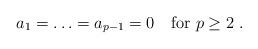
LaTeX: \begin{align*} a_1=\ldots=a_{p-1}=0 \quad \mbox{for}\ p\geq2\;.\end{align*}